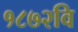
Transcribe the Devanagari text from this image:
१८७२वि